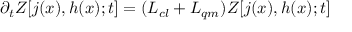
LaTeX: \partial _ { t } Z [ j ( x ) , h ( x ) ; t ] = ( { \cal L } _ { c l } + { \cal L } _ { q m } ) Z [ j ( x ) , h ( x ) ; t ]